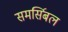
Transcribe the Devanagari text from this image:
समर्सिबल